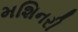
મશિનરી